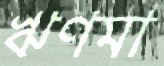
ঋণমা